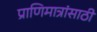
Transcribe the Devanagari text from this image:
प्राणिमात्रांसाठी